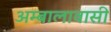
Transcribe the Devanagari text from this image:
अम्बालावासी